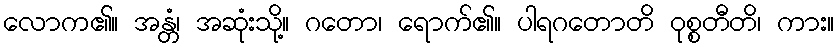
လောက၏။ အန္တံ၊ အဆုံးသို့။ ဂတော၊ ရောက်၏။ ပါရဂတောတိ ဝုစ္စတီတိ၊ ကား။